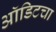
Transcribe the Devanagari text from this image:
ऑडिटचा